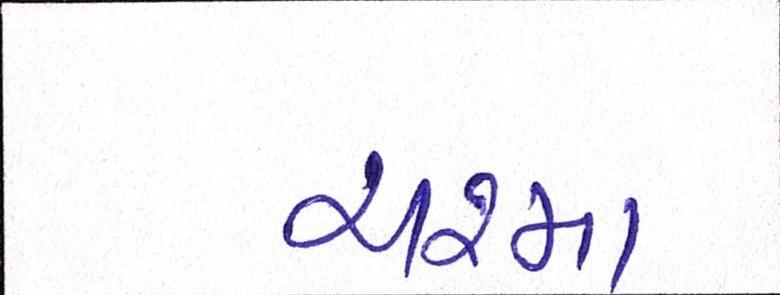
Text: ચશ્મા